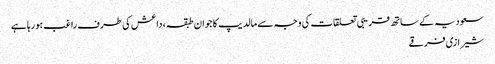
سعودیہ کے ساتھ قریبی تعلقات کی وجہ سے مالدیپ کا جوان طبقہ، داعش کی طرف راغب ہورہا ہے
شیرازی فرقے